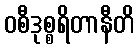
ဝစီဒုစ္စရိတာနီတိ